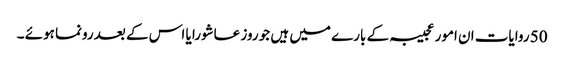
50 روایات ان امور عجیبہ کے بارے میں ہیں جو روز عاشورا یا اس کے بعد رونما ہوئے ۔